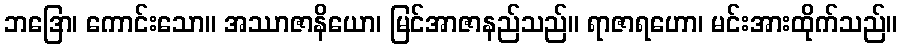
ဘဒြော၊ ကောင်းသော။ အဿာဇာနိယော၊ မြင်အာဇာနည်သည်။ ရာဇာရဟော၊ မင်းအားထိုက်သည်။